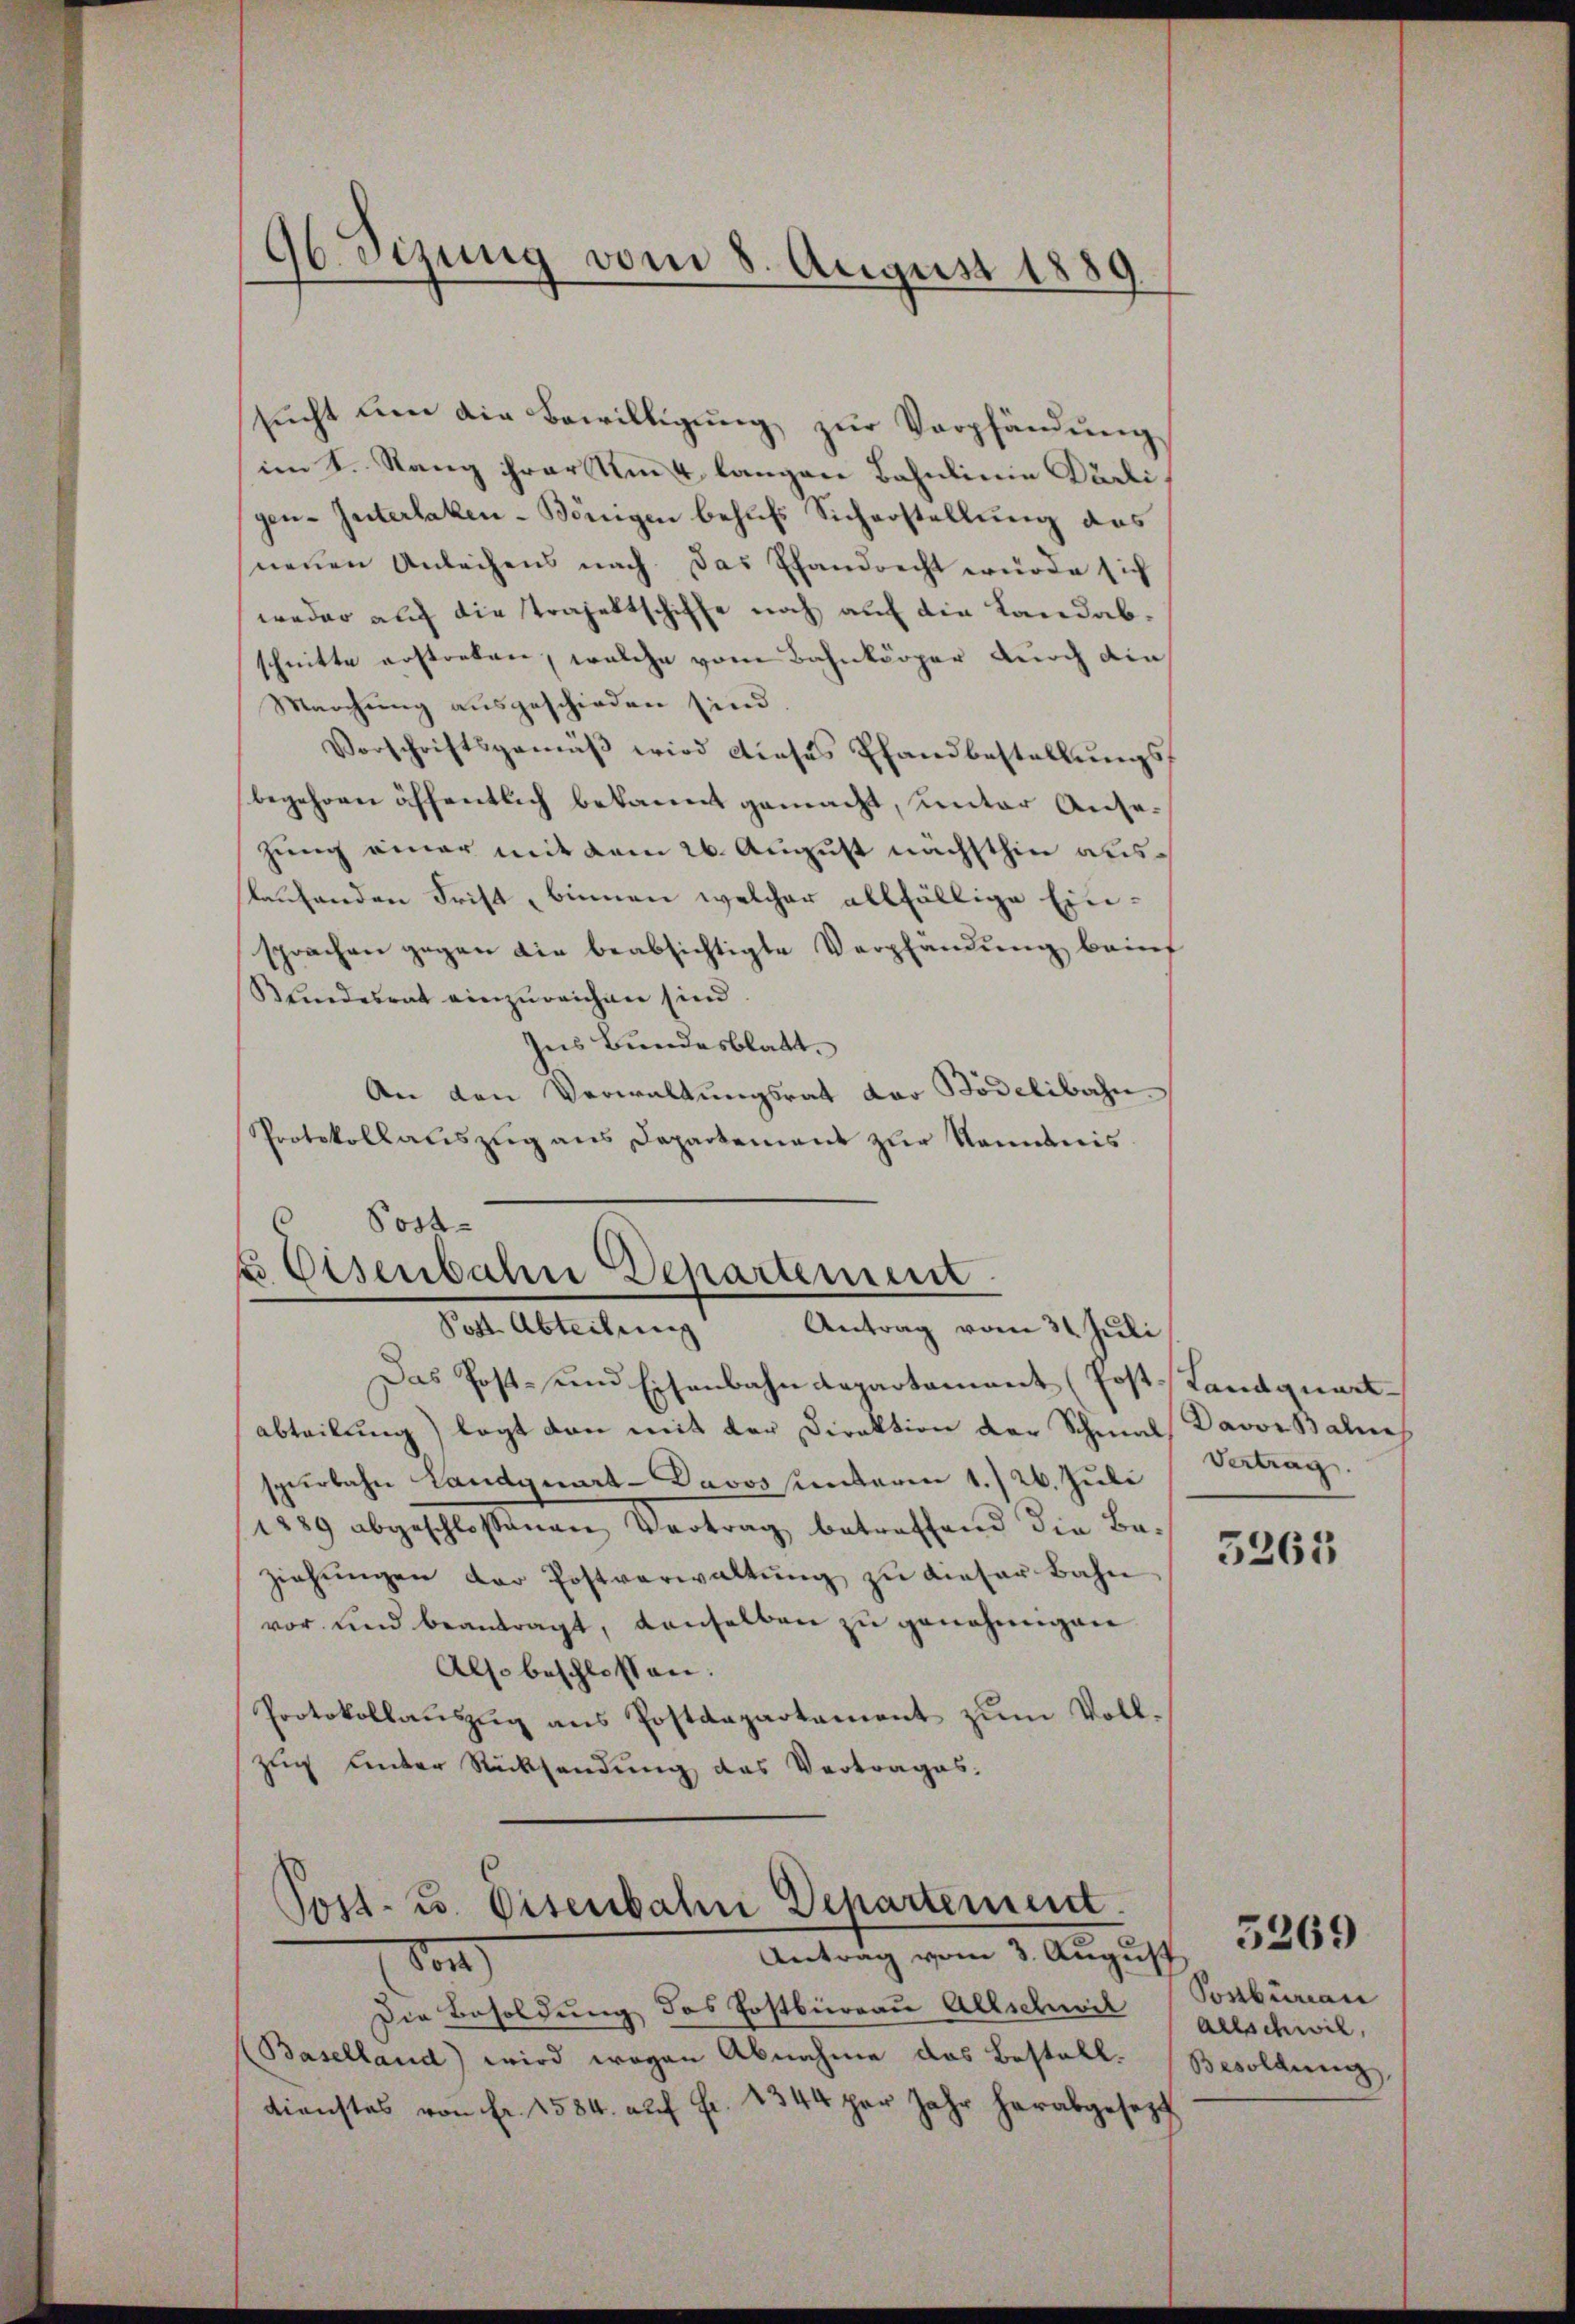
96 Sezung vom 8. August 1889

sucht um die Bewilligung zur Verpfändung
im S. Stang ihrer Um & langen Bahnlinie Därligen-Interlaken-Bönigen behufs Sicherstellung des
neuen Anleihens nach. Das Pfandrecht würde sich
weder auf die Trajettschiffe noch auf die Landabschnitte erstreben, welche vom Bahnkörper durch die
Marchung ausgeschieden sind.
Vorschriftsgemäβ wird dieses Pfandbestellŭngs-
begehren öffentlich bekannt gemacht, unter Angezung einer mit dem 26. August nächsthin auslaufenden Frist, binnen welcher allfällige Einsprachen gegen die beabsichtigte Verpfandung baint
Blindesrat einzureichen sind
Ins Bundesblatt.
An den Verwaltungsrat der Bödelibahn
Protokollauszug aus Departement zur Kenntnis
 Post-

s Eisenbahn-Departement.
Post. Abteilung Antrag vom 31. Juli

Das Post- und Eisenbahndepartamant (Post Landquart
abteilung) legt dann mit der Direktion der Schmal
spürbahn Landquart-Davos sunteren 1./26. Juli
1889 abgeschlossenen Vertrag betreffend die Be-
ziehŭngen der Postverwaltŭng zu dieser Bahn
vor und beantragt, denselben zu genehmigen
Also beschlossen.
Protokollauszug aus Postdepartement zum Vollzug unter Rücksendung des Vertrages.

Post- u. Eisenbahn Departement
Antrag vom 3. August
80)

Die Besoldung des Postbüreau Allschwil
Baselland) wird wegen Abnahme das Bestall.
dienstes von Fr. 1584. aŭf fr. 1344 per Jahr herabgesezt

Davon Bahn
Vertrag.

5263

Sonbinan
Allschwil,
Besoldung

5269